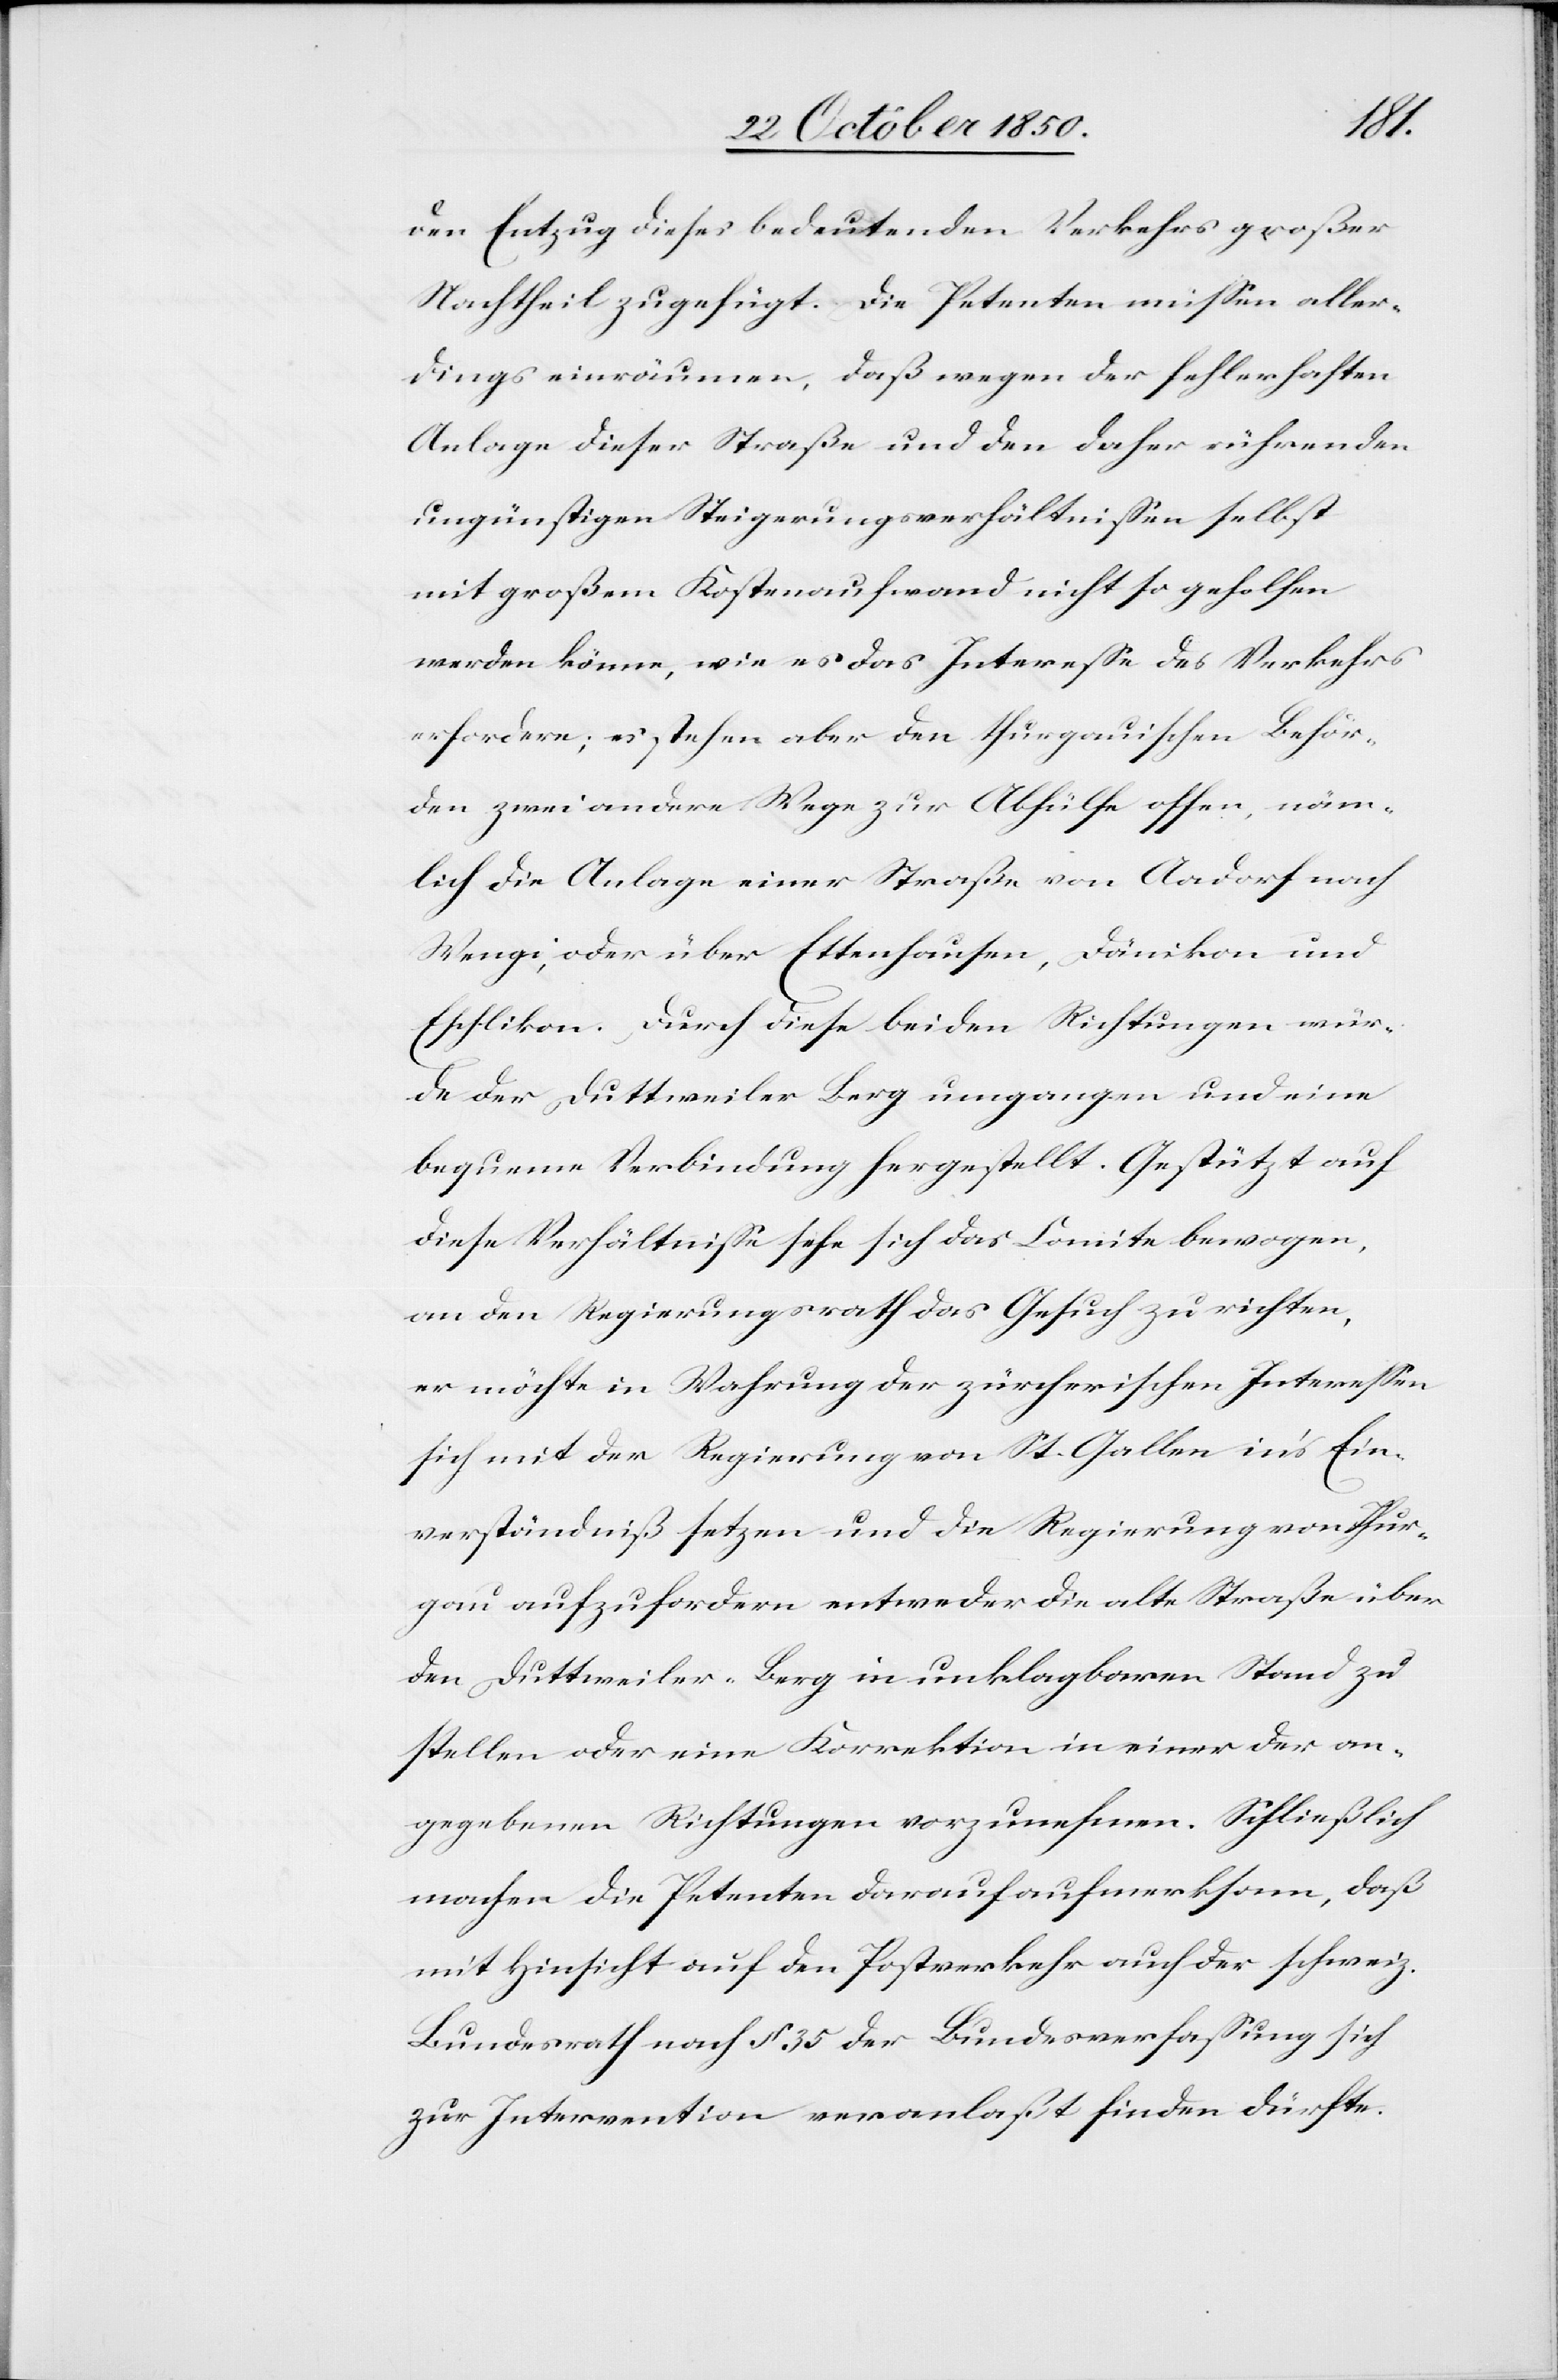
den Entzug dieses bedeutenden Verkehrs großer
Nachtheil zugefügt. Die Petenten müssen aller¬
dings einräumen, daß wegen der fehlerhaften
Anlage dieser Straße und den daher rührenden
ungünstigen Steigerungsverhältnissen selbst
mit großem Kostenaufwand nicht so geholfen
werden könne, wie es das Interesse des Verkehrs
erfordere; es stehen aber den thurgauischen Behör¬
den zwei andere Wege zur Abhülfe offen, näm¬
lich die Anlage einer Straße von Aadorf nach
Wengi, oder über Ettenhausen, Dänikon und
Eschlikon. Durch diese beiden Richtungen wür¬
de der Duttweiler Berg umgangen und eine
bequeme Verbindung hergestellt. Gestützt auf
diese Verhältnisse sehe sich das Comite bewogen,
an den Regierungsrath das Gesuch zu richten,
er möchte in Wahrung der zürcherischen Interessen
sich mit der Regierung von St. Gallen in’s Ein¬
verständniß setzen und die Regierung von Thur¬
gau aufzufordern entweder die alte Straße über
den Duttweiler-Berg in unklagbaren Stand zu
stellen oder eine Korrektion in einer der an¬
gegebenen Richtungen vorzunehmen. Schließlich
machen die Petenten darauf aufmerksam, daß
mit Hinsicht auf den Postverkehr auch der schweiz.
Bundesrath nach § 35 der Bundesverfassung sich
zur Intervention veranlaßt finden dürfte.